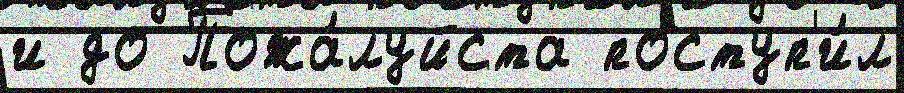
и до Пожа́луйста поступ'и́л